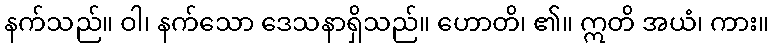
နက်သည်။ ဝါ၊ နက်သော ဒေသနာရှိသည်။ ဟောတိ၊ ၏။ ဣတိ အယံ၊ ကား။